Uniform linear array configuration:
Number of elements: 32
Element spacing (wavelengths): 0.75
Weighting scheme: uniform
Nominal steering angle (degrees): -30
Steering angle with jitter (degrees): -31.564
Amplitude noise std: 0.05
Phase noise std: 0.05

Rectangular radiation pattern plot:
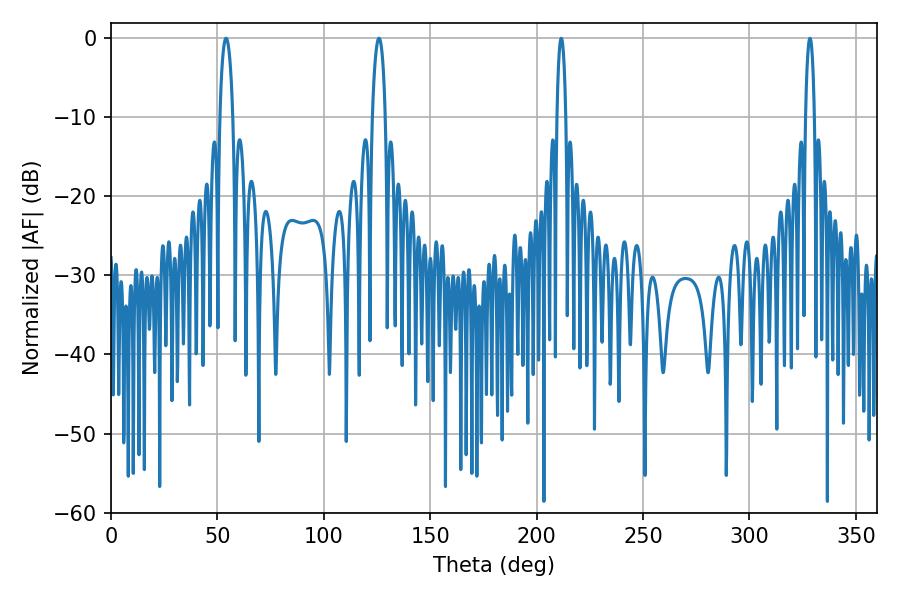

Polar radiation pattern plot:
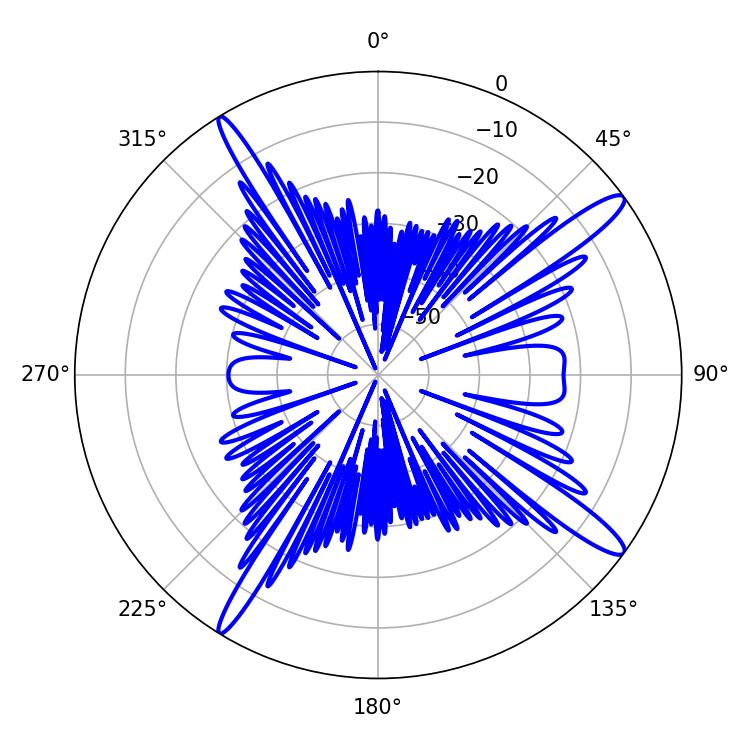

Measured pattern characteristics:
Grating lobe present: TRUE
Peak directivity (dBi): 14.936
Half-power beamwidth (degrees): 3.42
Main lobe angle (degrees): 54